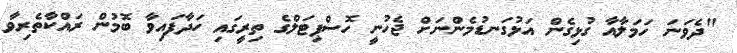
"ދެވަނަ ހަމަލާއާ ގުޅިގެން އަޅުގަނޑުމެންނަށް ޖެހުނީ ހޮސްޕިޓަލްގެ ތިރީގައި ހަދާފައިވާ ބޮމުން ރައްކާތެރިވާ